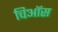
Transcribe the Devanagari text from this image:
चिऑस